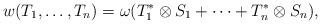
LaTeX: \begin{align*}w(T_1,\ldots, T_n)=\omega (T_1^*\otimes S_1+\cdots + T_n^*\otimes S_n),\end{align*}